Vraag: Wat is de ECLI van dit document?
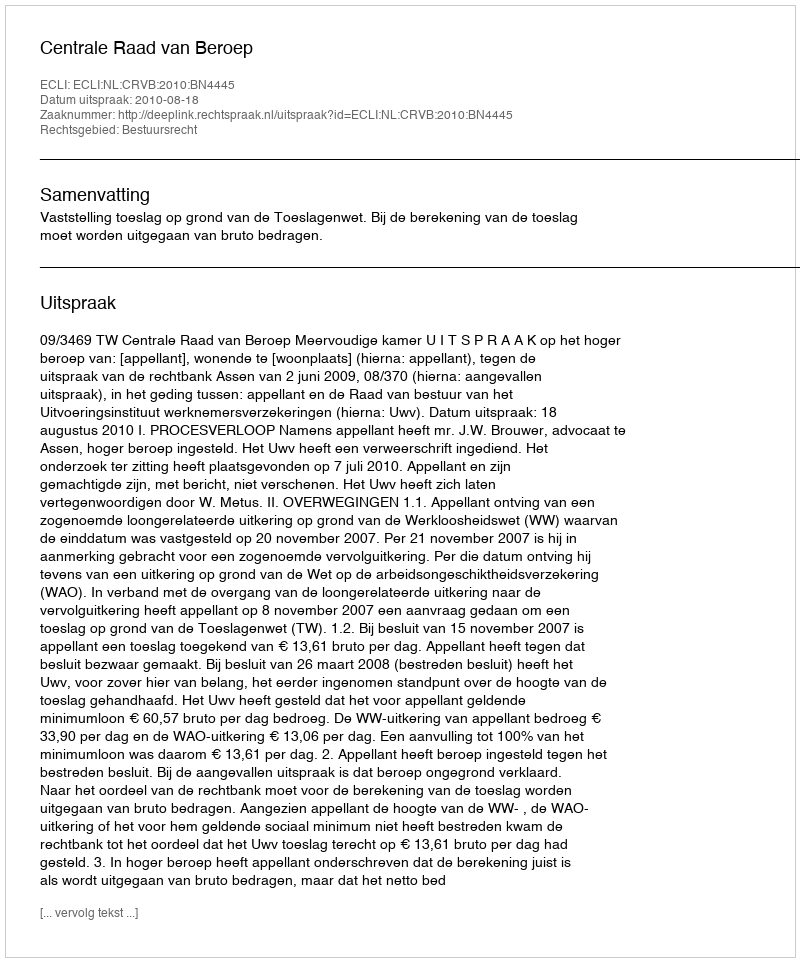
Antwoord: ECLI:NL:CRVB:2010:BN4445